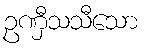
ဥဏှီသသီသော